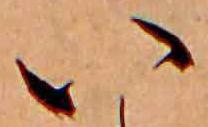
い